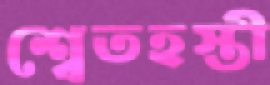
শ্বেতহস্তী